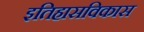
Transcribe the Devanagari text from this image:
इतिहासविकास